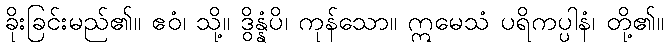
ခိုးခြင်းမည်၏။ ဧဝံ၊ သို့။ ဒွိန္နံပိ၊ ကုန်သော။ ဣမေသံ ပရိကပ္ပါနံ၊ တို့၏။